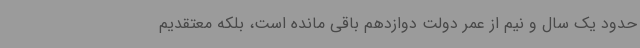
حدود یک سال و نیم از عمر دولت دوازدهم باقی مانده است، بلکه معتقدیم